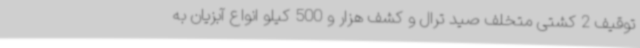
توقیف 2 کشتی متخلف صید ترال و کشف هزار و 500 کیلو انواع آبزیان به